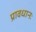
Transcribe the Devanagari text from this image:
प्रावधानः